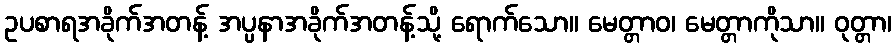
ဥပစာရအခိုက်အတန့် အပ္ပနာအခိုက်အတန့်သို့ ရောက်သော။ မေတ္တာဝ၊ မေတ္တာကိုသာ။ ဝုတ္တာ၊